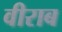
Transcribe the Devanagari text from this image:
वीराब